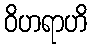
ဝိဟရာဟိ